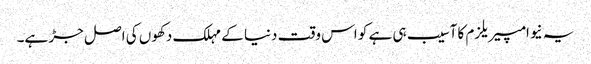
یہ نیوامپیریلزم کا آسیب ہی ہے کو اس وقت دنیا کے مہلک دکھوں کی اصل جڑ ہے۔